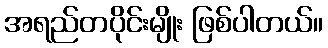
အရည်တပိုင်းမျိုး ဖြစ်ပါတယ်။